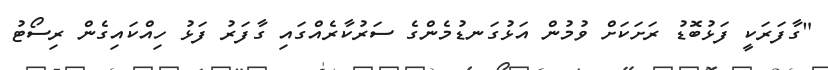
"ގާފަރަކީ ފަޅުބޮޑު ރަށަކަށް ވުމުން އަޅުގަނޑުމެންގެ ސަރުކާރެއްގައި ގާފަރު ފަޅު ހިއްކައިގެން ރިސޯޓު